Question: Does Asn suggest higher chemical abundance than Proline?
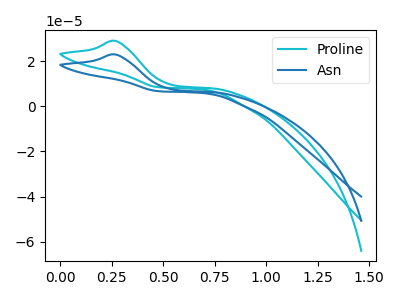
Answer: <think>The cyan curve "Proline" has an anodic peak at: (0.25V, 28.95uA). The blue curve "Asn" has an anodic peak at: (0.25V, 22.95uA).
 All the peaks in "Asn" have a peak in "Proline" at the same potential. Every peak in "Asn" is lower than every peak in "Proline".</think>
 <answer>"Asn" has less signal than "Proline".</answer>
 <eval>less_signal</eval>